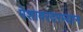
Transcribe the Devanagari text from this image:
पेशावरदरम्यान